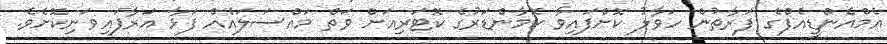
އެމްއެންޑީއެފްގެ ފަރާތުން ހަވާލު ކޮށްފައިވާ ކޮމާންޑަރުގެ ކޮޓަރިއަށް ވަތް މައްސަލައެއް ފަޅާ އަރާފައިވަނިކޮށެވެ.